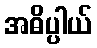
အဓိပ္ပါယ်